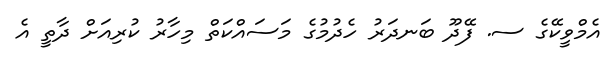
އެމްވީކޭގެ ސ. ފޭދޫ ބަނދަރު ހެދުމުގެ މަސައްކަތް މިހާރު ކުރިއަށް ދާތީ އެ